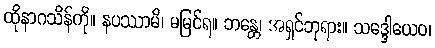
ထိုနာဂသိန်ကို။ နပဿာမိ၊ မမြင်ရ။ ဘန္တေ၊ အရှင်ဘုရား။ သဒ္ဒေါယေဝ၊